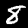
Label: 8